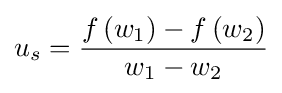
u_{s}={\frac {f\left(w_{1}\right)-f\left(w_{2}\right)}{w_{1}-w_{2}}}